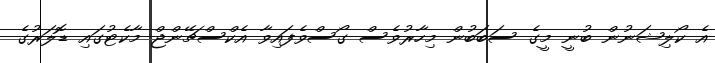
އެ ކޯލިޝަނުން ބުނީ މީގެ ސަބަބުން މިހާރުވެސް ގޯސްވެފައިވާ އެކްސްޗޭންޖް މާކެޓުގައި ޑޮލަރުގެ